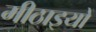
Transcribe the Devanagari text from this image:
मीठाइयों